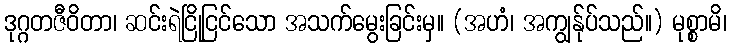
ဒုဂ္ဂတဇီဝိတာ၊ ဆင်းရဲငြိုငြင်သော အသက်မွေးခြင်းမှ။ (အဟံ၊ အကျွန်ုပ်သည်။) မုစ္စာမိ၊